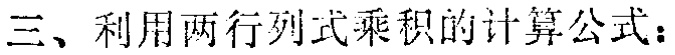
三、利用两行列式乘积的计算公式：